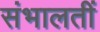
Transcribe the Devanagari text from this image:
संभालतीं